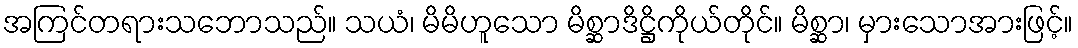
အကြင်တရားသဘောသည်။ သယံ၊ မိမိဟူသော မိစ္ဆာဒိဋ္ဌိကိုယ်တိုင်။ မိစ္ဆာ၊ မှားသောအားဖြင့်။